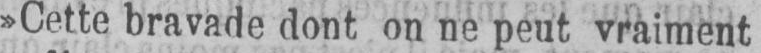
»Cette bravade dont on ne peut vraiment